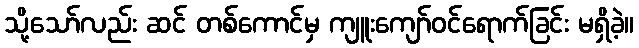
သို့သော်လည်း ဆင် တစ်ကောင်မှ ကျူးကျော်ဝင်ရောက်ခြင်း မရှိခဲ့။